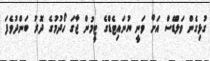
ގުޅިގެން ވަލްޑޭސް އަށް ވަނީ ޔުނައިޓެޑްގެ ޓީމުން ޖާގަ ހޯދުމުގެ ދޮރު ބަންދުވެފަ